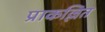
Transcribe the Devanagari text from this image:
प्राकल्लित